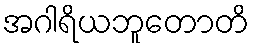
အဂါရိယဘူတောတိ